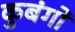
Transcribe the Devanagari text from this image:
कुबंगो